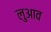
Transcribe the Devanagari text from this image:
लुआव